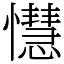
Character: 懳